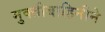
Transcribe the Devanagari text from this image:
मुक्तीबाहिनीने